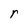
Character: r